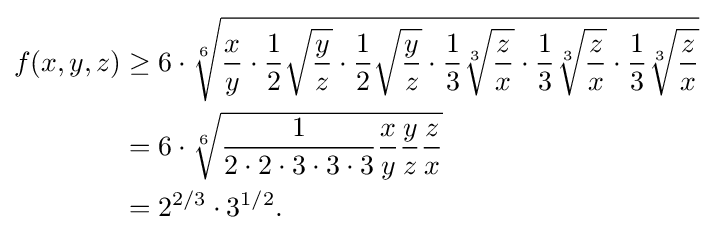
{\begin{aligned}f(x,y,z)&\geq 6\cdot {\sqrt[{6}]{{\frac {x}{y}}\cdot {\frac {1}{2}}{\sqrt {\frac {y}{z}}}\cdot {\frac {1}{2}}{\sqrt {\frac {y}{z}}}\cdot {\frac {1}{3}}{\sqrt[{3}]{\frac {z}{x}}}\cdot {\frac {1}{3}}{\sqrt[{3}]{\frac {z}{x}}}\cdot {\frac {1}{3}}{\sqrt[{3}]{\frac {z}{x}}}}}\\&=6\cdot {\sqrt[{6}]{{\frac {1}{2\cdot 2\cdot 3\cdot 3\cdot 3}}{\frac {x}{y}}{\frac {y}{z}}{\frac {z}{x}}}}\\&=2^{2/3}\cdot 3^{1/2}.\end{aligned}}